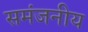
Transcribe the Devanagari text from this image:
समंजनीय